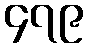
၄၇၉